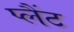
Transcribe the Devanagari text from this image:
प्लैंट